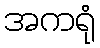
အကရုံ